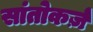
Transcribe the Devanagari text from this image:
सांतोकर्ज़